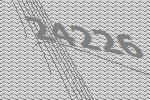
24226